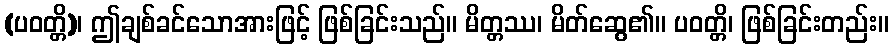
(ပဝတ္တိ)၊ ဤချစ်ခင်သောအားဖြင့် ဖြစ်ခြင်းသည်။ မိတ္တဿ၊ မိတ်ဆွေ၏။ ပဝတ္တိ၊ ဖြစ်ခြင်းတည်း။